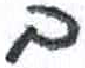
אות: ב